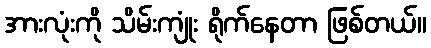
အားလုံးကို သိမ်းကျုံး ရိုက်နေတာ ဖြစ်တယ်။